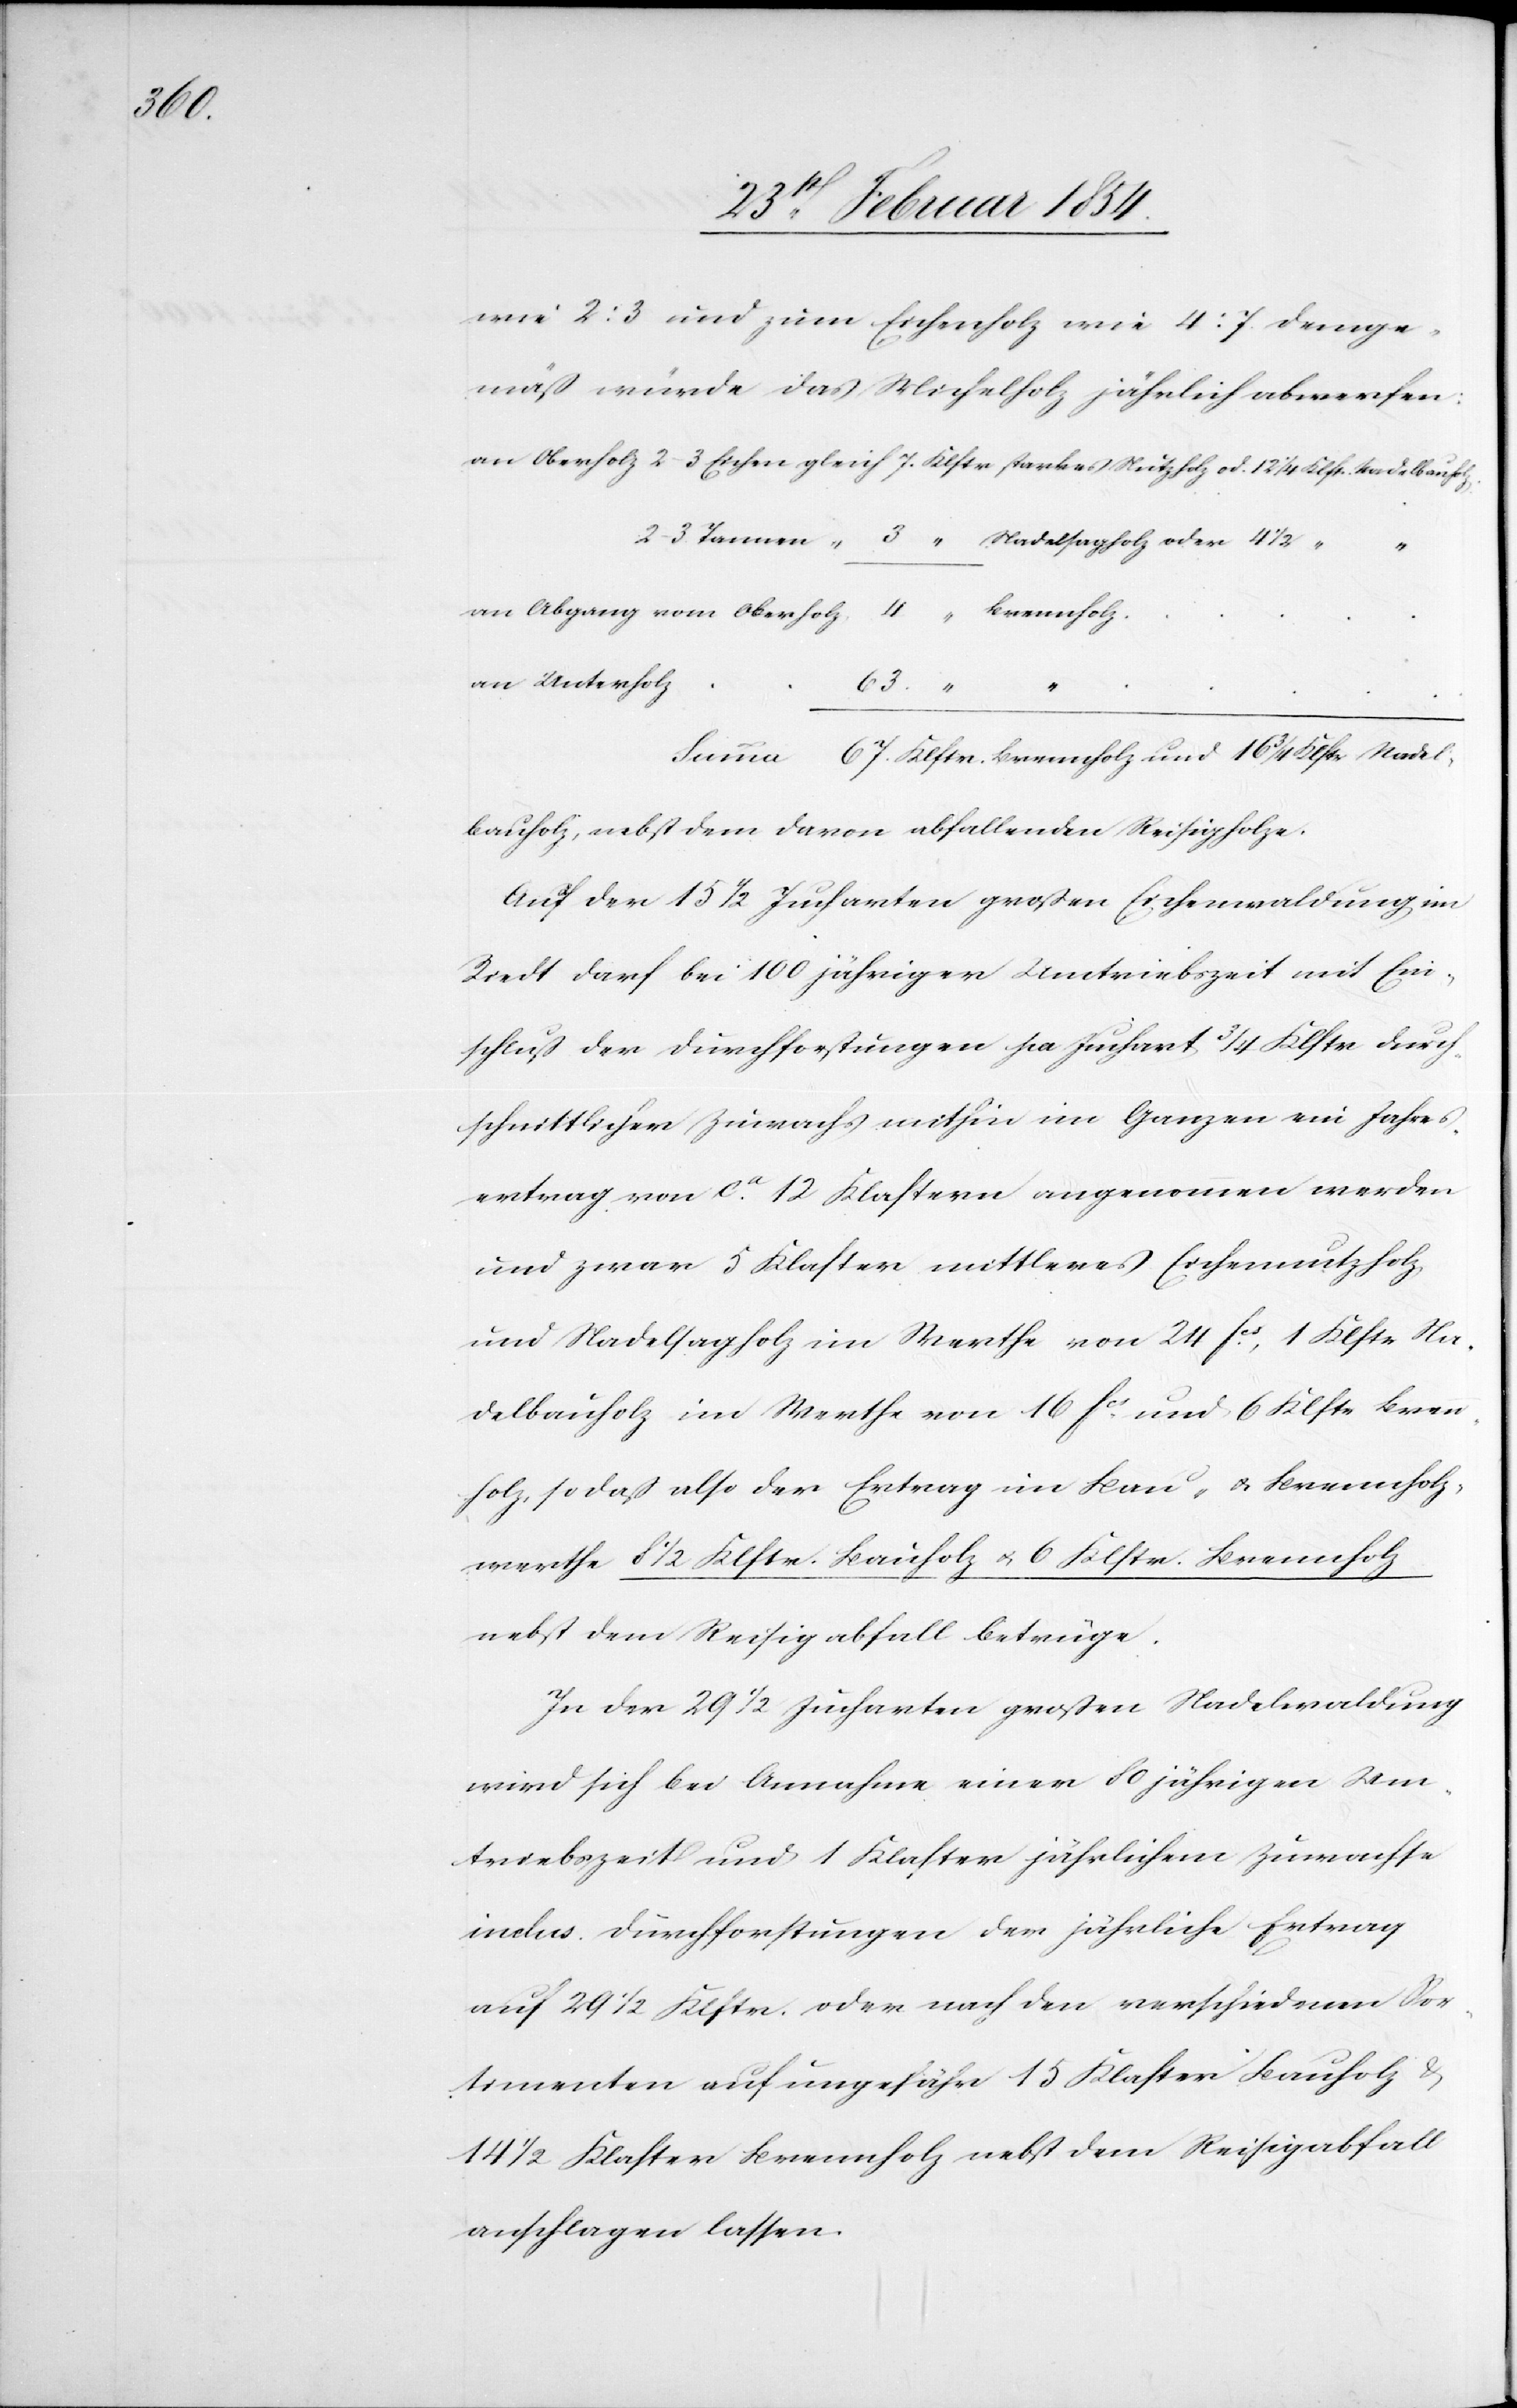
davon

wie 2 : 3 und zum Eichenholz wie 4 : 7 demge¬
mäß würde das Michelholz jährlich abwerfen:
an Unterholz
63. „
¾
Auf der 15 ½ Jucharten großen Eichenwaldung im
Riedt darf bei 100 jähriger Umtriebszeit mit Ein¬
schluß der Durchforstungen pr Juchart ¾ Klstr durch¬
schnittlicher Zuwachs mithin im Ganzen ein Jahres¬
ertrag von ca 12 Klaster angenommen werden
und zwar 5 Klaster mittleres Eichennutzholz
und Nadelsagholz im Werthe von 24 Fcs, 1 Klstr Na¬
delbauholz im Werthe von 16 Fcs und 6 Klstr Bren¬
nholz, so daß also der Ertrag im Bau- u. Brennholz¬
werthe 8 ½ Klstr. Bauholz u. 6 Klstr. Brennholz
nebst dem Reisigabfall betrüge.
In der 29 ½ Jucharten großen Nadelwaldung
wird sich bei Annahme einer 80 jährigen Um¬
triebszeit und 1 Klaster jährlichem Zuwachse
inclus. Durchforstungen der jährliche Ertrag
auf 29 ½ Klstr. oder nach den verschiedenen Sor¬
timenten auf ungefähr 15 Klaster Bauholz &
14 ½ Klaster Brennholz nebst dem Reisigabfall
anschlagen lassen.